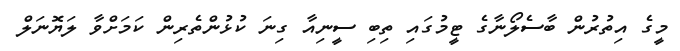
މީގެ އިތުރުން ބާސެލޯނާގެ ޓީމުގައި ތިބި ސީނިއާ ގިނަ ކުޅުންތެެރިން ކަމަށްވާ ލަޔޮނަލް